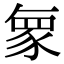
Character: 𮙠